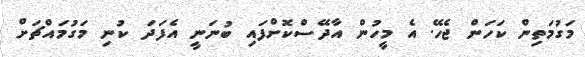
މަގުމަތިން ކަހަން ޖެހޭ. އެ މީހުން އާދޭސްކޮށްފައި ބުނަނީ އެފަދަ ކުނި މަގުމައްޗަށް